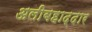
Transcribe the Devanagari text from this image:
अलीबहाद्दार